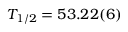
T _ { 1 / 2 } = 5 3 . 2 2 ( 6 )